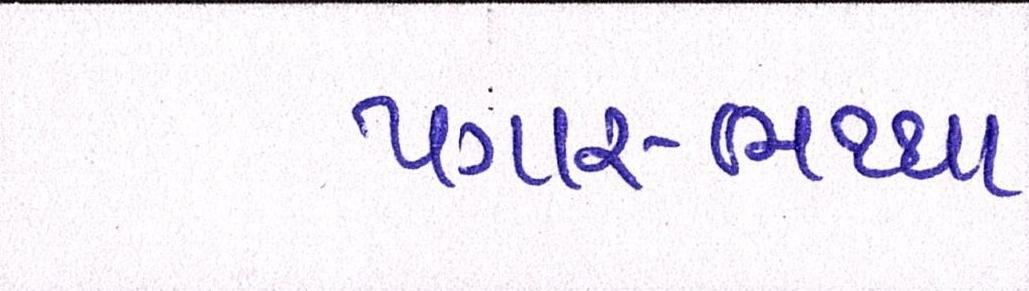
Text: પગાર-ભથ્થા